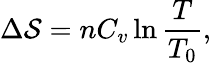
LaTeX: \Delta\mathcal{S}=nC_{v}\ln{\frac{{T}}{{T_{0}}}},